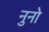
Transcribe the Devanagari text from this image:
नुनो